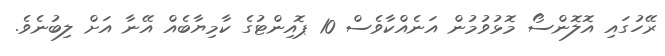
ރޭހުގައި އޮލޮންސޯ މޮޅުވުމުން އަނެއްކާވެސް 10 ޕޮއިންޓުގެ ކާމިޔާބެއް އޭނާ އަށް ލިބުނެވެ.